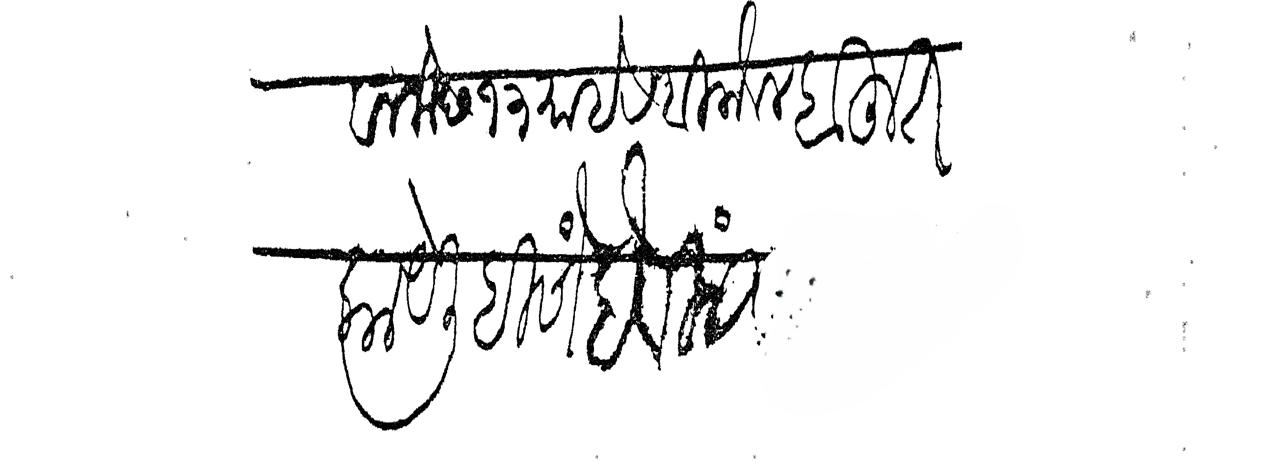
Transliteration (Devanagari): वाना छ १३ माहे रविलौबल बहुत काये लिहिणे हे विनंती